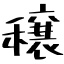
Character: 穣